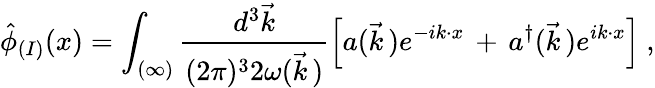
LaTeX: \hat{\phi}_{(I)}(x)=\int_{(\infty)}\frac{d^{3}\vec{k}}{(2\pi)^{3}2\omega(\vec{k}\, )}\left[a(\vec{k}\, )e^{-ik\cdot x}\, +\, a^{\dagger}(\vec{k}\, )e^{ik\cdot x}\right]\ ,